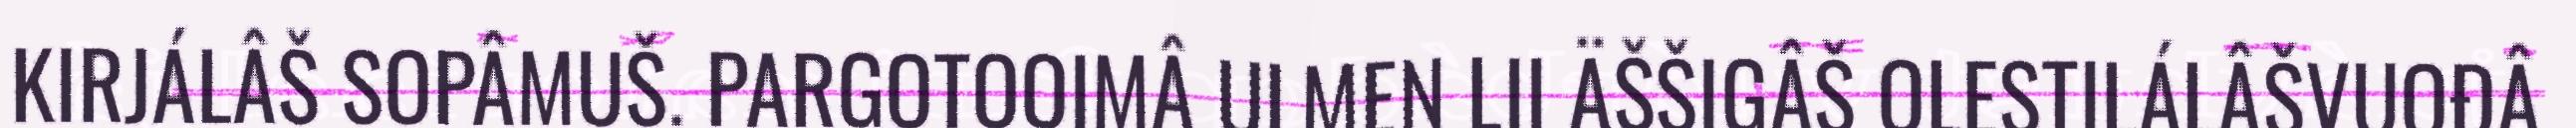
KIRJÁLÂŠ SOPÂMUŠ. PARGOTOOIMÂ ULMEN LII ÄŠŠIGÂŠ OLESTILÁLÂŠVUOĐÂ